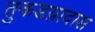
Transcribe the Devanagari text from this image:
तुकडय़ादास